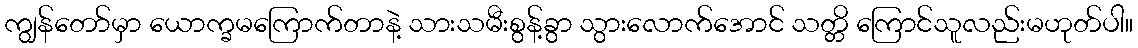
ကျွန်တော်မှာ ယောက္ခမကြောက်တာနဲ့ သားသမီးစွန့်ခွာ သွားလောက်အောင် သတ္တိ ကြောင်သူလည်းမဟုတ်ပါ။